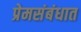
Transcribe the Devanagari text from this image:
प्रेमसंबंधात